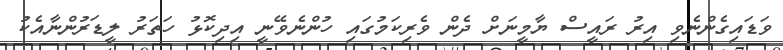
ވަޑައިގެންނެވި އިރު ރައީސް ޔާމީނަށް ދެން ވެރިކަމުގައި ހުންނެވޭނީ އިދިކޮޅު ހަތަރު ލީޑަރުންނާއެކު